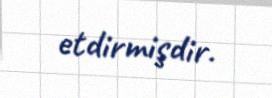
etdirmişdir.